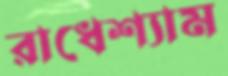
রাধেশ্যাম